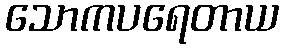
သောကပရေတာယ